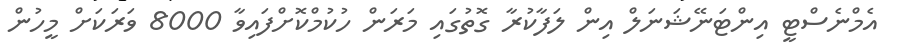
އެމްނެސްޓީ އިންޓަނޭޝަނަލް އިން ލަފާކުރާ ގޮތުގައި މަރަން ހުކުމްކޮށްފައިވާ 8000 ވަރަކަށް މީހުން